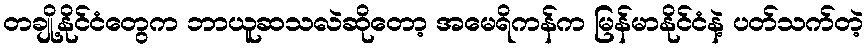
တချို့နိုင်ငံတွေက ဘာယူဆသလဲဆိုတော့ အမေရိကန်က မြန်မာနိုင်ငံနဲ့ ပတ်သက်တဲ့